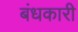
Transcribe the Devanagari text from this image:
बंधकारी